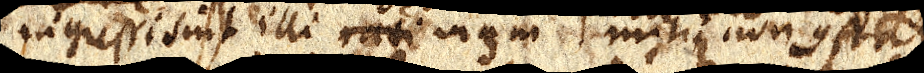
ingressi sint illi rati viam mihi non constat.